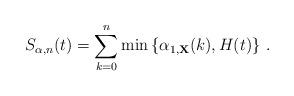
LaTeX: \begin{align*}S_{\alpha,n}(t)= \sum_{k=0}^n \min\left \{\alpha_{1, \bf X}(k), H(t)\right \} \, .\end{align*}